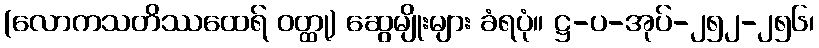
(လောကသတိဿထေရ် ဝတ္ထု) ဆွေမျိုးများ ခံရပုံ။ ဋ္ဌ-ပ-အုပ်-၂၅၂-၂၅၆၊